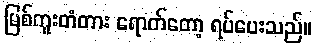
မြစ်ကူးတံတား ရောက်တော့ ရပ်ပေးသည်။